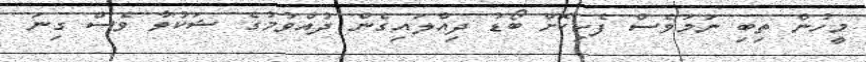
މީހުން ތިބި ނަމަވެސް ފެހިކޮށް ބޯޑު ދިއްލައިގެން ދުއްވުމުގެ ޝަކުވާ ވެސް ގިނަ